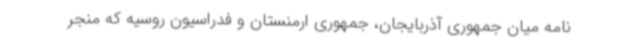
نامه میان جمهوری آذربایجان، جمهوری ارمنستان و فدراسیون روسیه که منجر